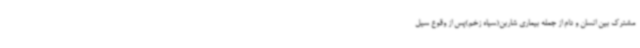
مشترک بین انسان و دام از جمله بیماری شاربن(سیاه زخم)پس از وقوع سیل